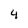
Character: 4